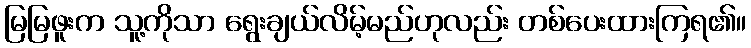
မြမြဖူးက သူ့ကိုသာ ရွေးချယ်လိမ့်မည်ဟုလည်း တစ်ပေးထားကြရ၏။